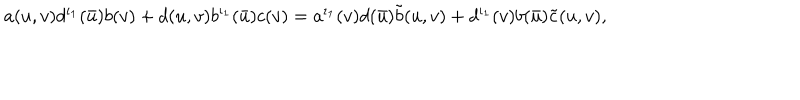
LaTeX: a ( u , v ) d ^ { \iota _ { 1 } } ( \bar { u } ) b ( v ) + d ( u , v ) b ^ { \iota _ { 1 } } ( \bar { u } ) c ( v ) = a ^ { \iota _ { 1 } } ( v ) d ( \bar { u } ) \tilde { b } ( u , v ) + d ^ { \iota _ { 1 } } ( v ) b ( \bar { u } ) \tilde { c } ( u , v ) ,